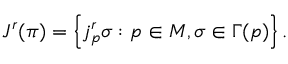
J ^ { r } ( \pi ) = \left\{ j _ { p } ^ { r } \sigma : p \in M , \sigma \in \Gamma ( p ) \right\} .